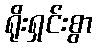
ရိုးရှင်းစွာ